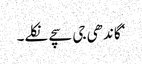
‘ گاندھی جی سچے نکلے۔